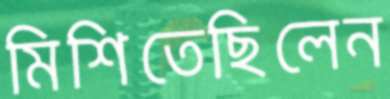
মিশিতেছিলেন